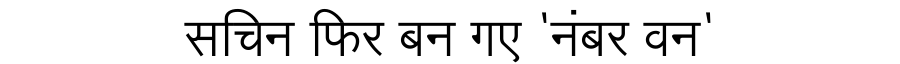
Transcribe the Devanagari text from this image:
सचिन फिर बन गए 'नंबर वन'